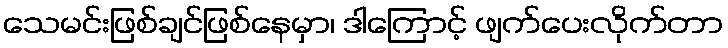
သေမင်းဖြစ်ချင်ဖြစ်နေမှာ၊ ဒါကြောင့် ဖျက်ပေးလိုက်တာ